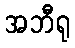
အဘီရု